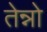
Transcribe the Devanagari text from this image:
तेन्नो